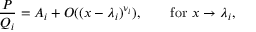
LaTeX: { \frac { P } { Q _ { i } } } = A _ { i } + O ( ( x - \lambda _ { i } ) ^ { \nu _ { i } } ) , \qquad { \mathrm { f o r ~ } } x \to \lambda _ { i } ,